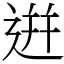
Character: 逬